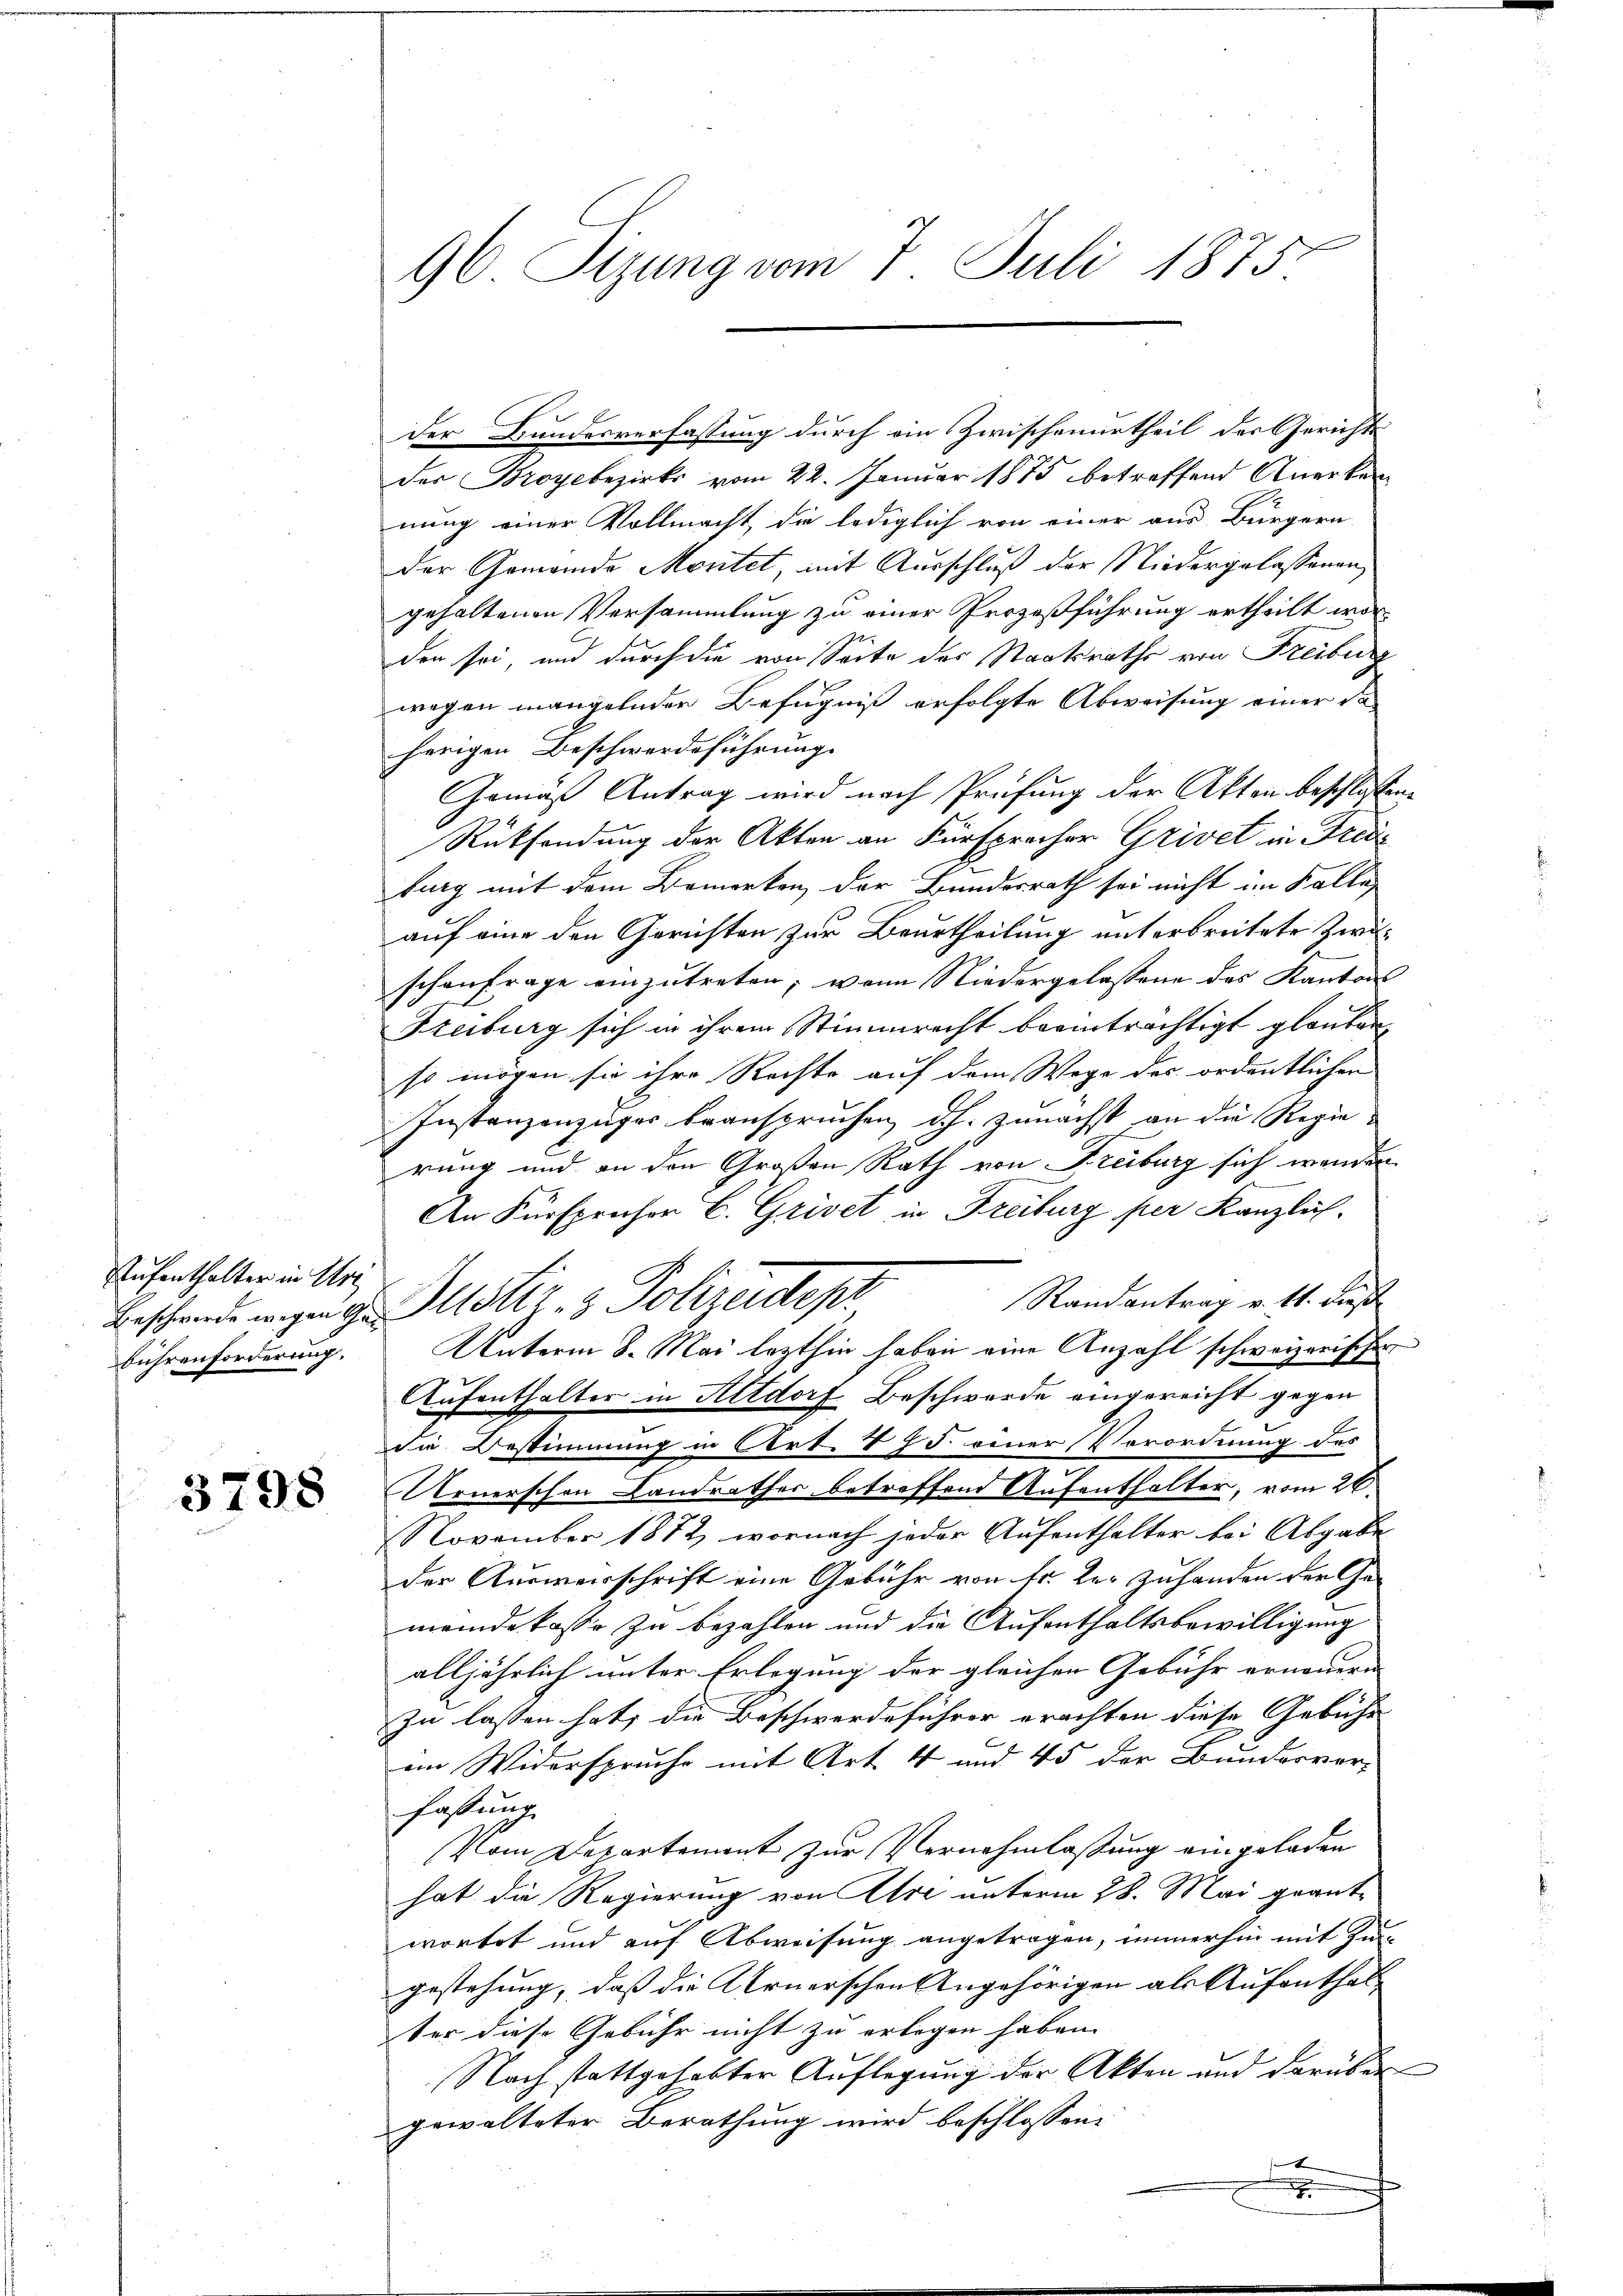
Aufenthalter in Uri

3798

96 Sizung vom 7. Juli 1873

Der Bundesverfassung durch ein Zwischenurtheil der Gerichts
Der Broyebezirks vom 22. Januar 1875 betreffend Anerken
nung einer Vollmacht, die lediglich von einer aus Bürgern
der Gomando Montet, mit Ausschluß der Niedergelassenen,
gehaltenen Versammlung zu einer Prozeßführung ertheilt wor-
den sei, und durch die von Seite des Staatsrathe von Freiburg
wegen mangelnden Befugniß erfolgte Abweisung einer da-
herigen Beschwerdeführung.
Gemäß Antrag wird nach Prüfung der Akten beschlossen:
Rücksendung der Akten an Fürsprecher Grivet in Freiburg mit dem Bemerken der Bundesrath sei nicht im Falle
auf eine den Gerichten zur Beurtheilung unterbreitete Zwischenfrage einzutreten; wenn Niedergelassene des Kantons
Freiburg sich in ihrem Stimmrecht beeinträchtigt glauben,
so mögen sie ihre Rechte auf dem Wege des ordentlichen
Instanzenzuger beanspruchen, dh. zunächst an die Regierung und an den Großen Rath von Freiburg sich wender
An Fürspreser E. Grivet in Freiburg per Kanzlich-
Randantrag v. 11. diese
Beschende wegen ge Mustiz- & Polizeidepr
bührenforderung. Unterm 8. Mai lezthin haben eine Anzahl schweizerischer
Aufenthalter in Altdorf Beschwerde eingereicht gegen
die Bestimmung in Art. V 75. einer Verordnung des
Arnerschon Landrathes betreffend Aufenthalter, vom 26.
November 1872, wornach jeder Aufenthalter bei Abgabe
der Ausweisschrift eine Gebühr von Fr. der Zuhanden der Gemeinde kasse zu bezahlen und die Aufenthaltsbewilligung
alljährlich unter Erlegung der gleichen Gebühr erneuern |
zu lassen hat; die Beschwerdeführer erachten diese Gebühr
ein Widerspruche mit Art 4 und 45 der Bundesver-
fassung
Pam Departement zur Vernehmlassung eingeladen
hat die Regierung von Ihre unterm 28. Mai geantwortet und auf Abweisung angetragen, immerhin mit Zugestehung, daß die Arnerschen Angehörigen als Aufenthalter diese Gebühr nicht zu erlegen haben.
Nach stattgehabter Auflegung der Akten und darüber
gewalteter Berathung wird beschlossen:
e
e